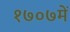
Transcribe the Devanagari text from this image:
१७०७में